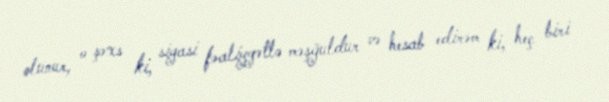
olunur, o şəxs ki, siyasi fəaliyyətlə məşğuldur və hesab edirəm ki, heç biri